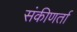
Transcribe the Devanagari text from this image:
संकीणर्ता